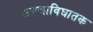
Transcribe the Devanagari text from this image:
समजाविघातक